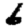
Digit: 6